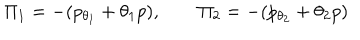
\Pi _ { 1 } = - ( p _ { \theta _ { 1 } } + \theta _ { 1 } p ) , \qquad \Pi _ { 2 } = - ( p _ { \theta _ { 2 } } + \theta _ { 2 } p )